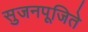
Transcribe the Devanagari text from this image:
सुजनपूजिते